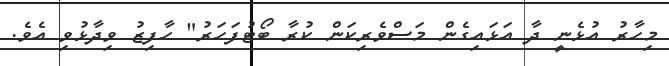
މިހާރު އުޅެނީ ދާ އަޅައިގެން މަސްވެރިކަން ކުރާ ބޯޓުފަހަރު" ހާފިޒު ވިދާޅުވި އެވެ.